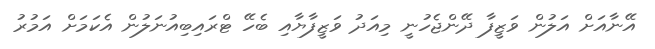
އޭނާއަށް އަލުން ވަޒީފާ ދޭންޖެހުނީ މިއަދު ވަޒީފާޔާއި ބެހޭ ޓްރައިބިއުނަލުން އެކަމަށް އަމުރު